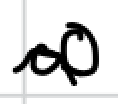
Text: of
Cross-out: wave
Writing tool: digital_black